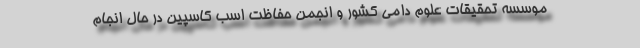
موسسه تحقیقات علوم دامی کشور و انجمن حفاظت اسب کاسپین در حال انجام